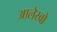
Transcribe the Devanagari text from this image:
आलेखो